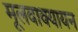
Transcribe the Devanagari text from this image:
मूलवाक्यायन